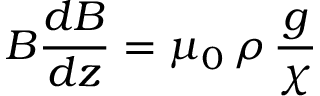
B { \frac { d B } { d z } } = \mu _ { 0 } \, \rho \, { \frac { g } { \chi } }